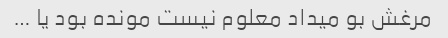
مرغش بو میداد معلوم نیست مونده بود یا …